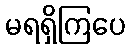
မရရှိကြပေ